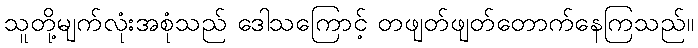
သူတို့မျက်လုံးအစုံသည် ဒေါသကြောင့် တဖျတ်ဖျတ်တောက်နေကြသည်။